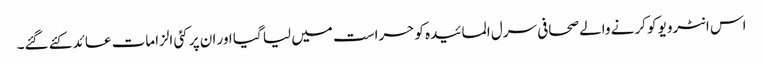
اس انٹرویو کو کرنے والے صحافی سرل المائیدہ کو حراست میں لیا گیا اور ان پر کئی الزامات عائد کئے گئے۔